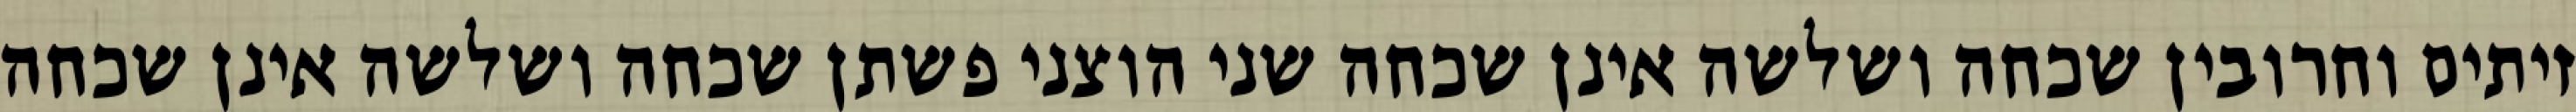
זיתים וחרובין שכחה ושלשה אינן שכחה שני הוצני פשתן שכחה ושלשה אינן שכחה